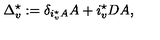
\Delta _ { v } ^ { \star } : = \delta _ { i _ { v } ^ { \star } A } A + i _ { v } ^ { \star } D A ,